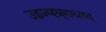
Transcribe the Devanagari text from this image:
उइज्य्ह्फ्र्७६त्य्त्